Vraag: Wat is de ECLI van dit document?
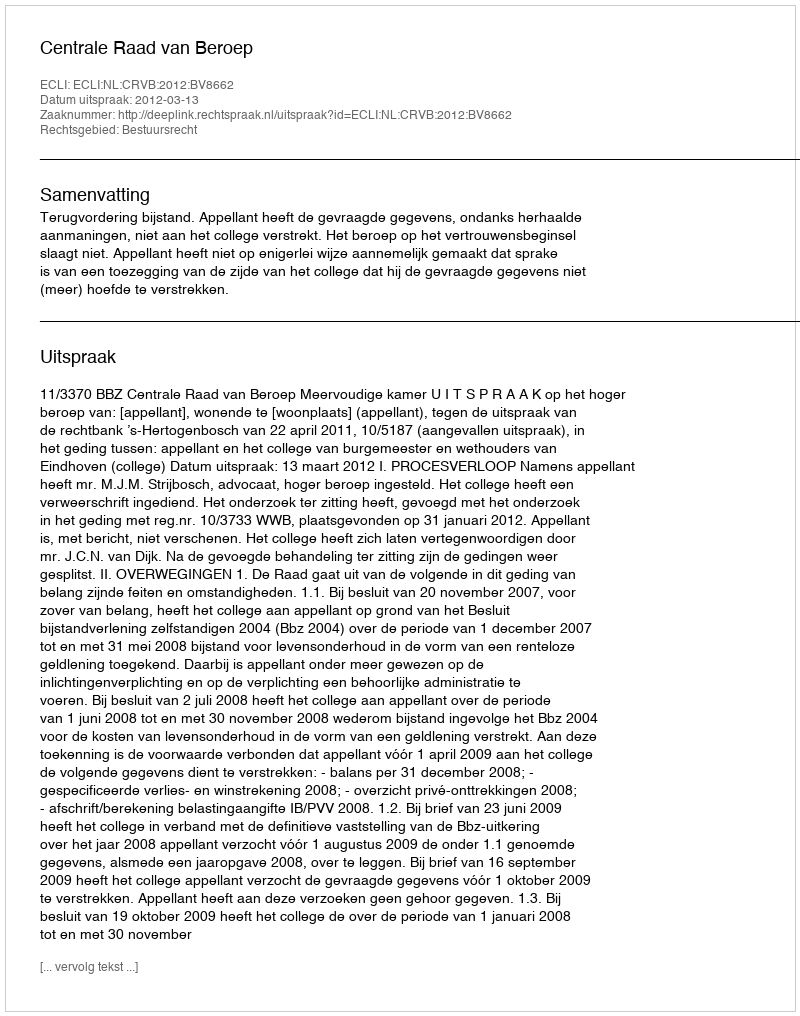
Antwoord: ECLI:NL:CRVB:2012:BV8662